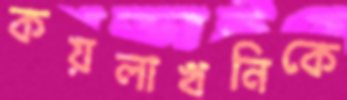
কয়লাখনিকে